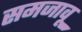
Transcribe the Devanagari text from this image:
समजावू